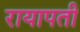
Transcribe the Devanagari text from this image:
रायापती